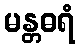
မန္တဓရံ